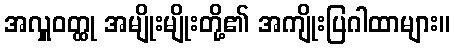
အလှူဝတ္ထု အမျိုးမျိုးတို့၏ အကျိုးပြဂါထာများ။